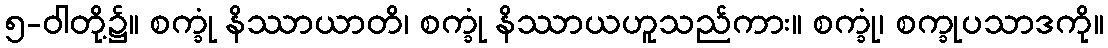
၅-ဝါတို့၌။ စက္ခုံ နိဿာယာတိ၊ စက္ခုံ နိဿာယဟူသည်ကား။ စက္ခုံ၊ စက္ခုပသာဒကို။